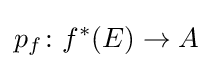
p_{f}\colon f^{*}(E)\to A